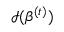
{ \mathcal { I } } ( { \boldsymbol { \beta } } ^ { ( t ) } )